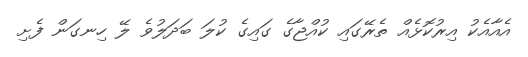
އެއާއެކު އިރުކޮޅެއް ތެރޭގައި ކުއްޖާގެ ގައިގެ ކުލަ ބަދަލުވެ ލޭ ހިނގަން ފެށި